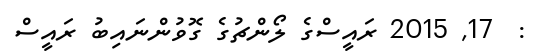
:  17